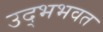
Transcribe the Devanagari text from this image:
उद्भभवत